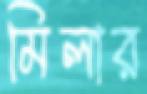
মিলার